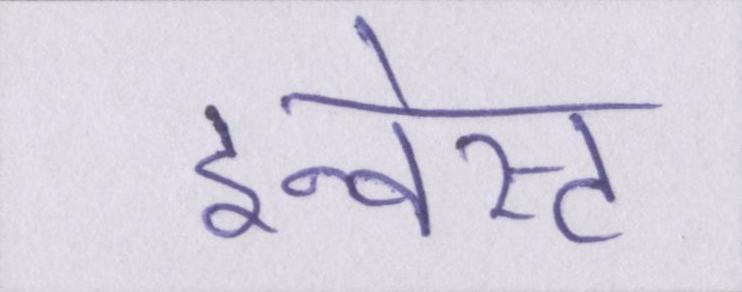
इन्वेस्ट